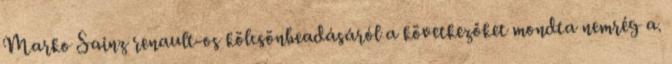
Marko Sainz renault-os kölcsönbeadásáról a következőket mondta nemrég a.